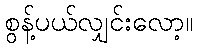
စွန့်ပယ်လျှင်းလော့။